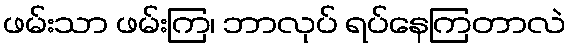
ဖမ်းသာ ဖမ်းကြ၊ ဘာလုပ် ရပ်နေကြတာလဲ